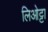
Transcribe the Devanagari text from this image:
लिओट्टा